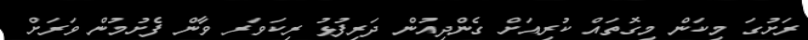
ރަށުގަ މިކަން މިގޮތައް ކުރިއަށް ގެންދިއުން ދަރިފުޅު ރިކަވަރ ވާން ފެށުމުން ވަރަށް